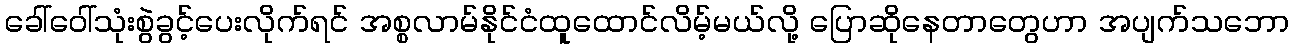
ခေါ်ဝေါ်သုံးစွဲခွင့်ပေးလိုက်ရင် အစ္စလာမ်နိုင်ငံထူထောင်လိမ့်မယ်လို့ ပြောဆိုနေတာတွေဟာ အပျက်သဘော